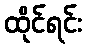
ထိုင်ရင်း